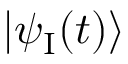
| \psi _ { \mathrm { I } } ( t ) \rangle